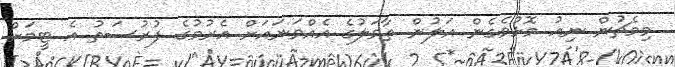
މިމެޗުން ނިއު މޮޅުވެގެން އަލުން ތާވަލުގެ އެއްވަނައަށް އެރުމުގެ ފުރުސަތު އެ ޓީމަށް